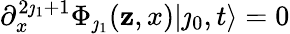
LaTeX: \partial_{x}^{2\jmath_{1}+1}\Phi_{\jmath_{1}}(\mathbf{z},x)|\jmath_{0},t\rangle=0